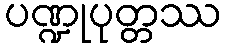
ပဏ္ဍုပုတ္တဿ